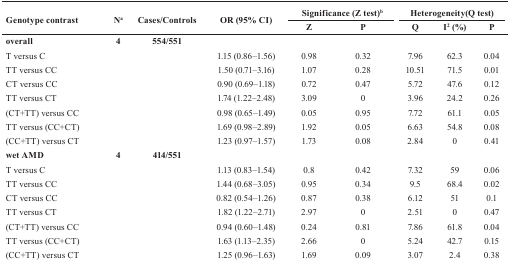
<table><thead><tr><td rowspan="2"><b>Genotype contrast</b></td><td rowspan="2"><b>N<sup>a</sup></b></td><td rowspan="2"><b>Cases/Controls</b></td><td rowspan="2"><b>OR (95% CI)</b></td><td colspan="2"><b>Significance (Z test)<sup>b</sup></b></td><td colspan="3"><b>Heterogeneity(Q test)</b></td></tr><tr><td><b>Z</b></td><td><b>P</b></td><td><b>Q</b></td><td><b>I<sup>2</sup> (%)</b></td><td><b>P</b></td></tr></thead><tbody><tr><td><b>overall</b></td><td><b>4</b></td><td><b>554/551</b></td><td></td><td></td><td></td><td></td><td></td><td></td></tr><tr><td>T versus C</td><td></td><td></td><td>1.15 (0.86–1.56)</td><td>0.98</td><td>0.32</td><td>7.96</td><td>62.3</td><td>0.04</td></tr><tr><td>TT versus CC</td><td></td><td></td><td>1.50 (0.71–3.16)</td><td>1.07</td><td>0.28</td><td>10.51</td><td>71.5</td><td>0.01</td></tr><tr><td>CT versus CC</td><td></td><td></td><td>0.90 (0.69–1.18)</td><td>0.72</td><td>0.47</td><td>5.72</td><td>47.6</td><td>0.12</td></tr><tr><td>TT versus CT</td><td></td><td></td><td>1.74 (1.22–2.48)</td><td>3.09</td><td>0</td><td>3.96</td><td>24.2</td><td>0.26</td></tr><tr><td>(CT+TT) versus CC</td><td></td><td></td><td>0.98 (0.65–1.49)</td><td>0.05</td><td>0.95</td><td>7.72</td><td>61.1</td><td>0.05</td></tr><tr><td>TT versus (CC+CT)</td><td></td><td></td><td>1.69 (0.98–2.89)</td><td>1.92</td><td>0.05</td><td>6.63</td><td>54.8</td><td>0.08</td></tr><tr><td>(CC+TT) versus CT</td><td></td><td></td><td>1.23 (0.97–1.57)</td><td>1.73</td><td>0.08</td><td>2.84</td><td>0</td><td>0.41</td></tr><tr><td><b>wet AMD</b></td><td><b>4</b></td><td><b>414/551</b></td><td></td><td></td><td></td><td></td><td></td><td></td></tr><tr><td>T versus C</td><td></td><td></td><td>1.13 (0.83–1.54)</td><td>0.8</td><td>0.42</td><td>7.32</td><td>59</td><td>0.06</td></tr><tr><td>TT versus CC</td><td></td><td></td><td>1.44 (0.68–3.05)</td><td>0.95</td><td>0.34</td><td>9.5</td><td>68.4</td><td>0.02</td></tr><tr><td>CT versus CC</td><td></td><td></td><td>0.82 (0.54–1.26)</td><td>0.87</td><td>0.38</td><td>6.12</td><td>51</td><td>0.1</td></tr><tr><td>TT versus CT</td><td></td><td></td><td>1.82 (1.22–2.71)</td><td>2.97</td><td>0</td><td>2.51</td><td>0</td><td>0.47</td></tr><tr><td>(CT+TT) versus CC</td><td></td><td></td><td>0.94 (0.60–1.48)</td><td>0.24</td><td>0.81</td><td>7.86</td><td>61.8</td><td>0.04</td></tr><tr><td>TT versus (CC+CT)</td><td></td><td></td><td>1.63 (1.13–2.35)</td><td>2.66</td><td>0</td><td>5.24</td><td>42.7</td><td>0.15</td></tr><tr><td>(CC+TT) versus CT</td><td></td><td></td><td>1.25 (0.96–1.63)</td><td>1.69</td><td>0.09</td><td>3.07</td><td>2.4</td><td>0.38</td></tr></tbody></table>